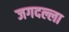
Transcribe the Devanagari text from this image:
जगदल्ला